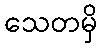
သေတမှိ